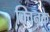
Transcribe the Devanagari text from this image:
क्विनके